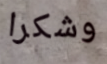
وشكرا